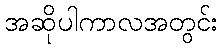
အဆိုပါကာလအတွင်း